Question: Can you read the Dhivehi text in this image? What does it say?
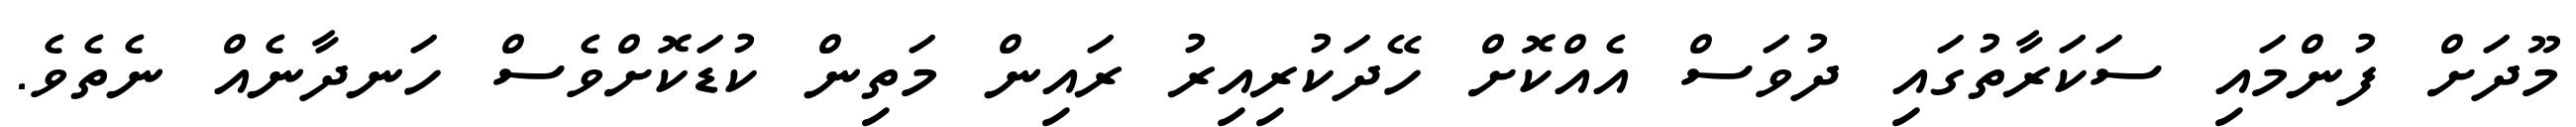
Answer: މޫދަށް ފުންމައި ސަކަރާތުގައި ދުވަސް އެއްކޮށް ހޭދަކުރިއިރު ރައިން މަތިން ކުޑަކޮށްވެސް ހަނދާނެއް ނެތެވެ.